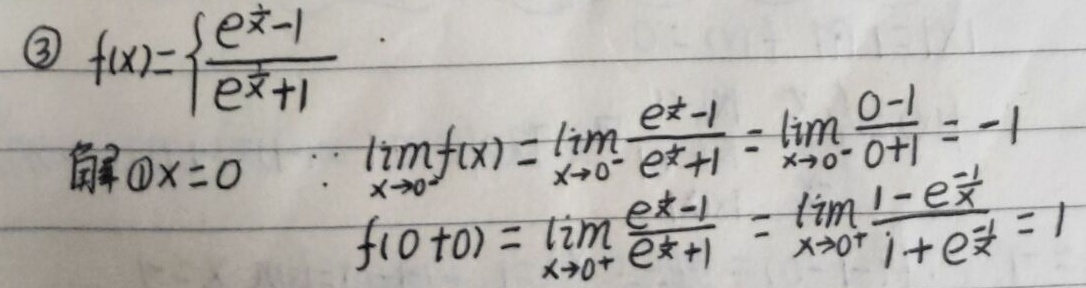
\[
\begin{align*}
&\textcircled{3}f(x)=\left\{\frac{e^{\frac{1}{x}} - 1}{e^{\frac{1}{x}}+1}\right.\\
&\text{解 }\textcircled{1}x = 0\quad\because\lim_{x \to 0^{-}}f(x)=\lim_{x \to 0^{-}}\frac{e^{\frac{1}{x}} - 1}{e^{\frac{1}{x}}+1}=\lim_{x \to 0^{-}}\frac{0 - 1}{0 + 1}=- 1\\
&f(0 + 0)=\lim_{x \to 0^{+}}\frac{e^{\frac{1}{x}} - 1}{e^{\frac{1}{x}}+1}=\lim_{x \to 0^{+}}\frac{1 - e^{-\frac{1}{x}}}{1 + e^{-\frac{1}{x}}}=1
\end{align*}
\]